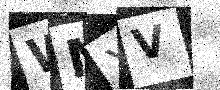
Text: WMXV